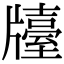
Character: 𤗿